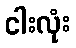
ငါးလုံး